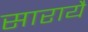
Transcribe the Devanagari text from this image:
सारायै